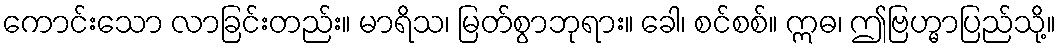
ကောင်းသော လာခြင်းတည်း။ မာရိသ၊ မြတ်စွာဘုရား။ ခေါ၊ စင်စစ်။ ဣဓ၊ ဤဗြဟ္မာပြည်သို့။